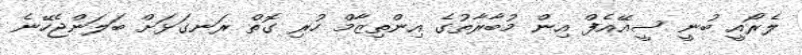
ލެރޯއީ ބުނީ ސީއޭއެފް އިން މުބާރާތުގެ އިންތިޒާމް ހުރި ގޮތް ރަނގަޅަށް ބަލަންޖެހޭނެ